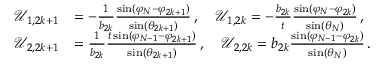
\begin{array} { r l } { \mathcal { U } _ { 1 , 2 k + 1 } } & { = - \frac { 1 } { b _ { 2 k } } \frac { \sin ( \varphi _ { N } - \varphi _ { 2 k + 1 } ) } { \sin ( \theta _ { 2 k + 1 } ) } \, , \quad \mathcal { U } _ { 1 , 2 k } = - \frac { b _ { 2 k } } { t } \frac { \sin ( \varphi _ { N } - \varphi _ { 2 k } ) } { \sin ( \theta _ { N } ) } \, , } \\ { \mathcal { U } _ { 2 , 2 k + 1 } } & { = \frac { 1 } { b _ { 2 k } } \frac { t \sin ( \varphi _ { N - 1 } - \varphi _ { 2 k + 1 } ) } { \sin ( \theta _ { 2 k + 1 } ) } \, , \quad \mathcal { U } _ { 2 , 2 k } = b _ { 2 k } \frac { \sin ( \varphi _ { N - 1 } - \varphi _ { 2 k } ) } { \sin ( \theta _ { N } ) } \, . } \end{array}